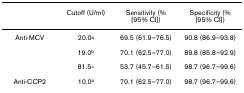
<table><thead><tr><td></td><td><b>Cutoff (U/ml)</b></td><td><b>Sensitivity (% [95% CI])</b></td><td><b>Specificity (% [95% CI])</b></td></tr></thead><tbody><tr><td>Anti-MCV</td><td>20.0<sup>a</sup></td><td>69.5 (61.9–76.5)</td><td>90.8 (86.9–93.8)</td></tr><tr><td></td><td>19.0<sup>b</sup></td><td>70.1 (62.5–77.0)</td><td>89.8 (85.8–92.9)</td></tr><tr><td></td><td>81.5<sup>c</sup></td><td>53.7 (45.7–61.5)</td><td>98.7 (96.7–99.6)</td></tr><tr><td>Anti-CCP2</td><td>10.0<sup>a</sup></td><td>70.1 (62.5–77.0)</td><td>98.7 (96.7–99.6)</td></tr></tbody></table>